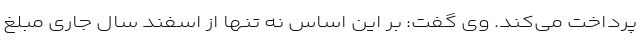
پرداخت می‌کند. وی گفت: بر این اساس نه تنها از اسفند سال جاری مبلغ